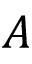
A